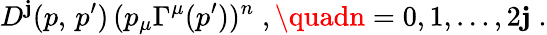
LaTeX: D^{\mathbf{j}}(p,\, p^{\prime})\, (p_{\mu}\Gamma^{\mu}(p^{\prime}))^{n}\; ,\quadn=0,1,\ldots,2\mathbf{j}\; .